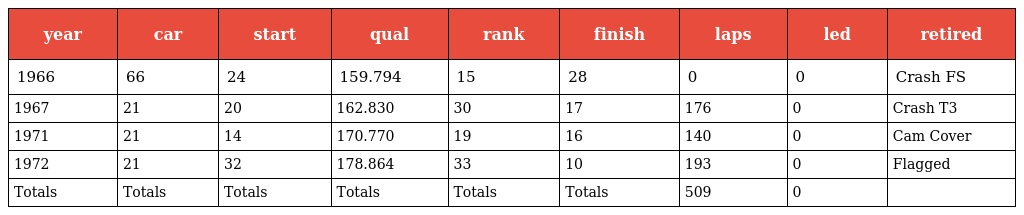
| year | car | start | qual | rank | finish | laps | led | retired |
 | --- | --- | --- | --- | --- | --- | --- | --- | --- |
 | 1966 | 66 | 24 | 159.794 | 15 | 28 | 0 | 0 | Crash FS |
 | 1967 | 21 | 20 | 162.830 | 30 | 17 | 176 | 0 | Crash T3 |
 | 1971 | 21 | 14 | 170.770 | 19 | 16 | 140 | 0 | Cam Cover |
 | 1972 | 21 | 32 | 178.864 | 33 | 10 | 193 | 0 | Flagged |
 | Totals | Totals | Totals | Totals | Totals | Totals | 509 | 0 |  |